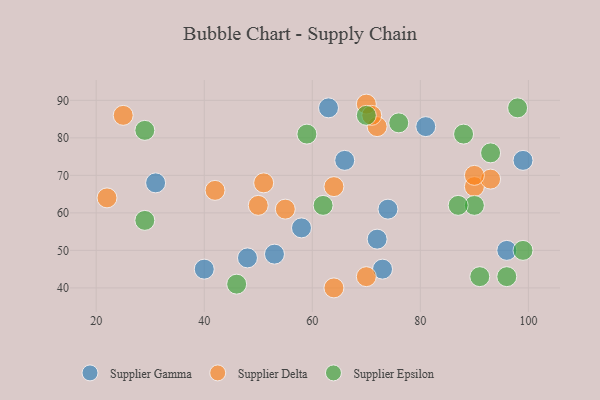
{"axis": {"x": "GDP", "y": "Life Expectancy"}, "legend": ["Supplier Delta", "Supplier Epsilon", "Supplier Gamma"], "data": [{"x": "99", "y": 74, "type": "Supplier Gamma"}, {"x": "73", "y": 45, "type": "Supplier Gamma"}, {"x": "31", "y": 68, "type": "Supplier Gamma"}, {"x": "72", "y": 53, "type": "Supplier Gamma"}, {"x": "58", "y": 56, "type": "Supplier Gamma"}, {"x": "74", "y": 61, "type": "Supplier Gamma"}, {"x": "66", "y": 74, "type": "Supplier Gamma"}, {"x": "81", "y": 83, "type": "Supplier Gamma"}, {"x": "48", "y": 48, "type": "Supplier Gamma"}, {"x": "96", "y": 50, "type": "Supplier Gamma"}, {"x": "40", "y": 45, "type": "Supplier Gamma"}, {"x": "63", "y": 88, "type": "Supplier Gamma"}, {"x": "53", "y": 49, "type": "Supplier Gamma"}, {"x": "55", "y": 61, "type": "Supplier Delta"}, {"x": "50", "y": 62, "type": "Supplier Delta"}, {"x": "90", "y": 67, "type": "Supplier Delta"}, {"x": "70", "y": 89, "type": "Supplier Delta"}, {"x": "51", "y": 68, "type": "Supplier Delta"}, {"x": "25", "y": 86, "type": "Supplier Delta"}, {"x": "72", "y": 83, "type": "Supplier Delta"}, {"x": "22", "y": 64, "type": "Supplier Delta"}, {"x": "93", "y": 69, "type": "Supplier Delta"}, {"x": "42", "y": 66, "type": "Supplier Delta"}, {"x": "64", "y": 67, "type": "Supplier Delta"}, {"x": "71", "y": 86, "type": "Supplier Delta"}, {"x": "90", "y": 70, "type": "Supplier Delta"}, {"x": "64", "y": 40, "type": "Supplier Delta"}, {"x": "70", "y": 43, "type": "Supplier Delta"}, {"x": "59", "y": 81, "type": "Supplier Epsilon"}, {"x": "29", "y": 82, "type": "Supplier Epsilon"}, {"x": "96", "y": 43, "type": "Supplier Epsilon"}, {"x": "88", "y": 81, "type": "Supplier Epsilon"}, {"x": "90", "y": 62, "type": "Supplier Epsilon"}, {"x": "76", "y": 84, "type": "Supplier Epsilon"}, {"x": "62", "y": 62, "type": "Supplier Epsilon"}, {"x": "98", "y": 88, "type": "Supplier Epsilon"}, {"x": "70", "y": 86, "type": "Supplier Epsilon"}, {"x": "29", "y": 58, "type": "Supplier Epsilon"}, {"x": "87", "y": 62, "type": "Supplier Epsilon"}, {"x": "99", "y": 50, "type": "Supplier Epsilon"}, {"x": "93", "y": 76, "type": "Supplier Epsilon"}, {"x": "46", "y": 41, "type": "Supplier Epsilon"}, {"x": "91", "y": 43, "type": "Supplier Epsilon"}]}